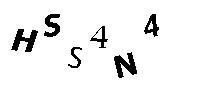
HSS4N4